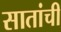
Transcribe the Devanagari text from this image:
सातांची